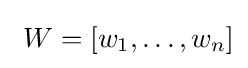
\ W=[w_{1},\ldots ,w_{n}]